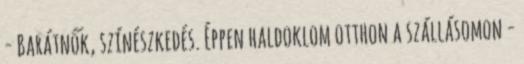
- Barátnők, színészkedés. Éppen haldoklom otthon a szállásomon -